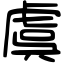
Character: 虞